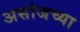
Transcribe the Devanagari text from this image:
असांजच्या